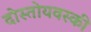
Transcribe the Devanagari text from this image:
दोस्तोयवस्की